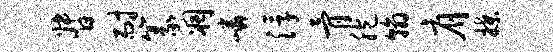
督耐篆凋嶙浮骨胞翰肩揲